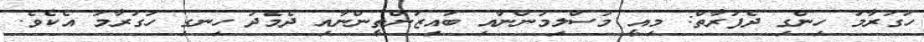
ހަގުރާމަ ހިންގި ދެފަރާތް: މިއީ މުސްލިމުންނާއި ބައިޒަންޠީންނާއި ދެމެދު ހިނގި ހަގުރާމަ އެކެވެ.